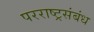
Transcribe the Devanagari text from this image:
परराष्ट्रसंबंध